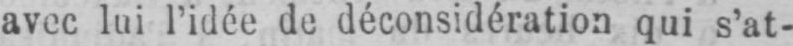
avec lui l’idée de déconsidération qui s’at-